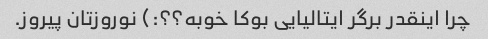
چرا اینقدر برگر ایتالیایی بوکا خوبه؟؟:) نوروزتان پیروز.